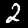
Digit: 2